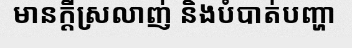
មានក្តីស្រលាញ់ និងបំបាត់បញ្ហា